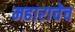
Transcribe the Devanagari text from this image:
महाराचेच